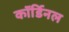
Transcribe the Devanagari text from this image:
कॉर्डिनल